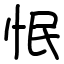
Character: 怋